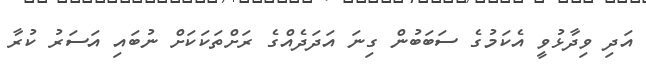
އަދި ވިދާޅުވީ އެކަމުގެ ސަބަބުން ގިނަ އަދަދެއްގެ ރަށްތަކަކަށް ނުބައި އަސަރު ކުރާ